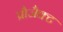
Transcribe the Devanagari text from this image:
प्रौजैक्ट